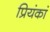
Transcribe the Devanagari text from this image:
प्रियंकां